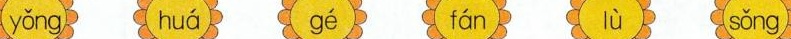
yǒng huá gé fán lù sǒng